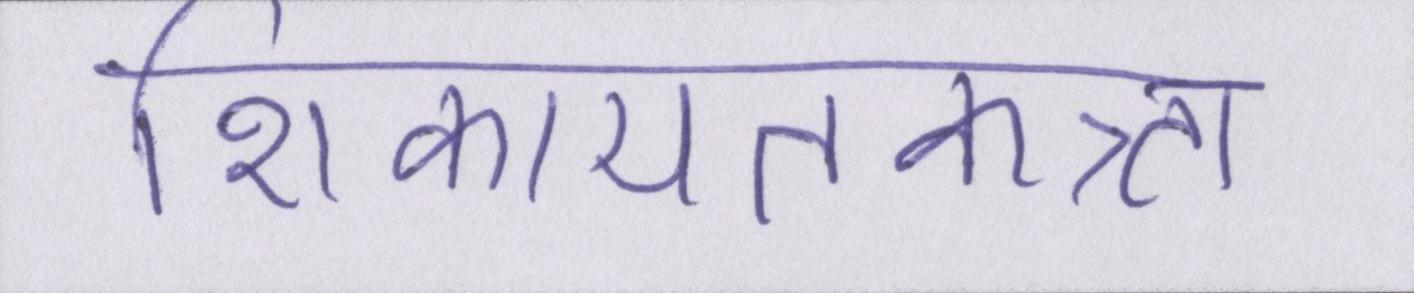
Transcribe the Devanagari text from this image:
शिकायतकत्र्ता